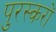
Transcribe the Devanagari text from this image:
पुरस्करों